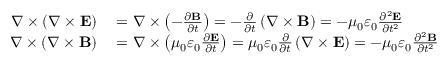
\begin{array} { r l } { \nabla \times \left( \nabla \times \mathbf { E } \right) } & { { } = \nabla \times \left( - { \frac { \partial \mathbf { B } } { \partial t } } \right) = - { \frac { \partial } { \partial t } } \left( \nabla \times \mathbf { B } \right) = - \mu _ { 0 } \varepsilon _ { 0 } { \frac { \partial ^ { 2 } \mathbf { E } } { \partial t ^ { 2 } } } } \\ { \nabla \times \left( \nabla \times \mathbf { B } \right) } & { { } = \nabla \times \left( \mu _ { 0 } \varepsilon _ { 0 } { \frac { \partial \mathbf { E } } { \partial t } } \right) = \mu _ { 0 } \varepsilon _ { 0 } { \frac { \partial } { \partial t } } \left( \nabla \times \mathbf { E } \right) = - \mu _ { 0 } \varepsilon _ { 0 } { \frac { \partial ^ { 2 } \mathbf { B } } { \partial t ^ { 2 } } } } \end{array}